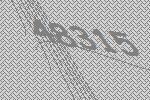
48315